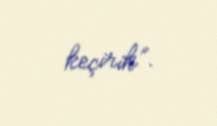
keçirik”.